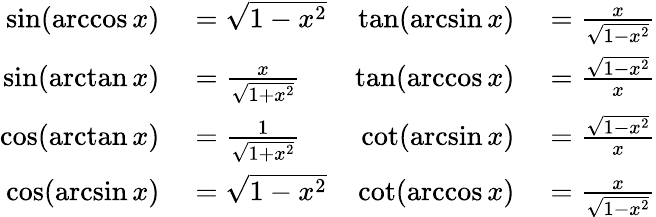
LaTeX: \begin{array}{rlrl}{\sin(\operatorname{arccos}x)}&{{}={\sqrt{1-x^{2}}}}&{\tan(\arcsin x)}&{{}={\frac{x}{\sqrt{1-x^{2}}}}}\\ {\sin(\arctan x)}&{{}={\frac{x}{\sqrt{1+x^{2}}}}}&{\tan(\operatorname{arccos}x)}&{{}={\frac{\sqrt{1-x^{2}}}{x}}}\\ {\cos(\arctan x)}&{{}={\frac{1}{\sqrt{1+x^{2}}}}}&{\cot(\arcsin x)}&{{}={\frac{\sqrt{1-x^{2}}}{x}}}\\ {\cos(\arcsin x)}&{{}={\sqrt{1-x^{2}}}}&{\cot(\operatorname{arccos}x)}&{{}={\frac{x}{\sqrt{1-x^{2}}}}}\end{array}